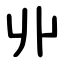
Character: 丱